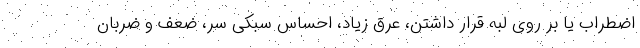
اضطراب یا بر روی لبه قرار داشتن، عرق زیاد، احساس سبکی سر، ضعف و ضربان